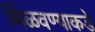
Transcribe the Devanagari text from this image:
मिळवण्याकडे